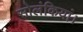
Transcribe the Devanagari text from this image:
सोलंकियां।